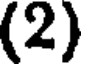
(2)